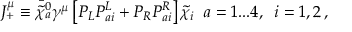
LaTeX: J _ { + } ^ { \mu } \equiv \bar { { \tilde { \chi } } _ { a } ^ { 0 } } \gamma ^ { \mu } \left[ { \cal P } _ { L } { \cal P } _ { a i } ^ { L } + { \cal P } _ { R } { \cal P } _ { a i } ^ { R } \right] \tilde { \chi } _ { i } \; \; a = 1 . . . 4 , \; \; i = 1 , 2 \, ,